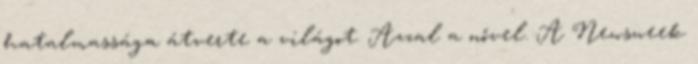
hatalmassága átverte a világot. Azzal a nővel. A Newsweek